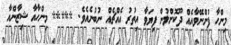
މިންހާ ފުންނޭވާއެއް ދޫކޮށްލުން ފިޔަވާ އިތުރު އެއްޗެއް ނުބުނެއެވެ. ***** މިންހާއާ ޝިޒާންއާ